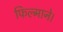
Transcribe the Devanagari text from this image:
फिल्माने।